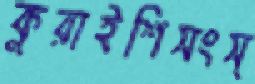
কুরাইশিসংস্